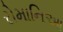
રોમાનિઆ